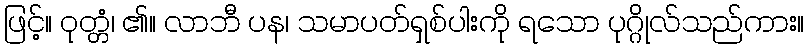
ဖြင့်။ ဝုတ္တံ၊ ၏။ လာဘီ ပန၊ သမာပတ်ရှစ်ပါးကို ရသော ပုဂ္ဂိုလ်သည်ကား။